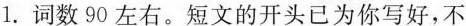
1.词数90左右。短文的开头已为你写好，不